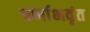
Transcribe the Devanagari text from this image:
पर्णाभवृंत